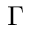
\Gamma